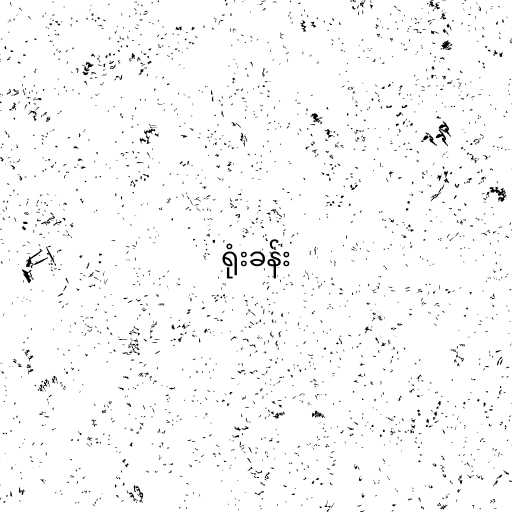
ရုံးခန်း